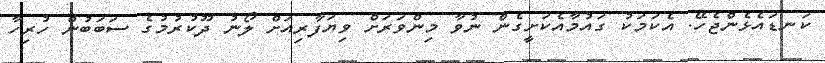
ކަނޑައެޅެންޖެހޭ. އެކަމަކު ގައުމާއެކަށީގެން ނުވާ މިންވަރަށް ވިޔަފާރިއަށް ލޯނު ދޫކުރުމުގެ ސަބަބުން ހުރިހާ